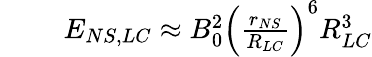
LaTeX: \begin{array}{rlr}{\mathrm{~}}&{{}}&{E_{NS,LC}\approx B_{0}^{2}\left(\frac{r_{NS}}{R_{LC}}\right)^{6}R_{LC}^{3}}\end{array}